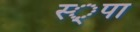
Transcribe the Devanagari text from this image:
स्‍्पा